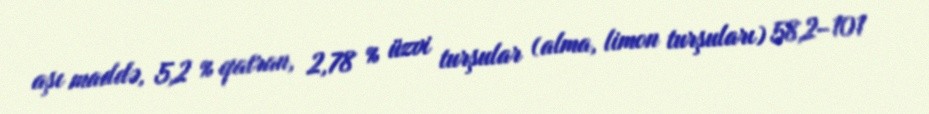
aşı maddə, 5,2 % qatran, 2,78 % üzvi turşular (alma, limon turşuları) 58,2–101